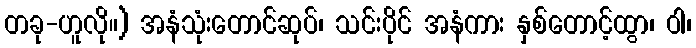
တခု-ဟူလို။) အနံသုံးတောင်ဆုပ်၊ သင်းပိုင် အနံကား နှစ်တောင့်ထွာ၊ ဝါ၊